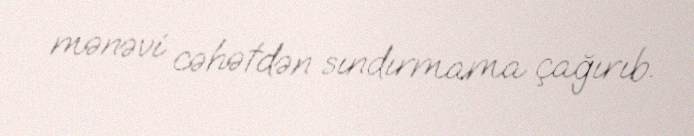
mənəvi cəhətdən sındırmama çağırıb.